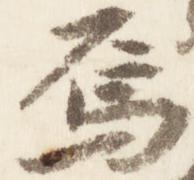
烏